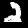
Label: 2